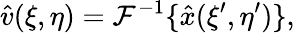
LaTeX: \hat{v}(\xi,\eta)=\mathcal{F}^{-1}\{ \hat{x}(\xi^{\prime},\eta^{\prime})\} ,